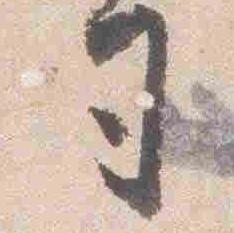
司